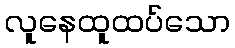
လူနေထူထပ်သော